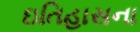
ઇતિહાસના